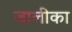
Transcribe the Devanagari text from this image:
जालीका